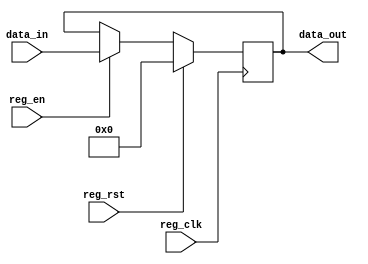
// Four bit register
// Active High synchronous reset

module RegFour(output reg [3:0] data_out, input [3:0] data_in, input reg_clk, reg_rst, reg_en);

  always @ (posedge reg_clk) begin
    if (reg_rst)
      data_out <= 4'b0000;
    else if (reg_en)
      data_out <= data_in;
  end
  
endmodule